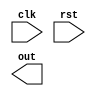
// <Student_ID> <Name>

// e.g. 110123456 
// Add your ID and name to FIRST line of file, or you will get 5 points penalty
module exam1_B(
    input wire clk,
    input wire rst,
    output reg [15:0] out// You can modify "reg" to "wire" if needed
);
    //Your design here

endmodule

// You can add any module you need.
// Make sure you include all modules you used in this problem.